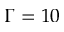
\Gamma = 1 0